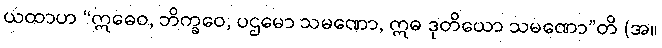
ယထာဟ “ဣဓေဝ, ဘိက္ခဝေ, ပဌမော သမဏော, ဣဓ ဒုတိယော သမဏော”တိ (အ။